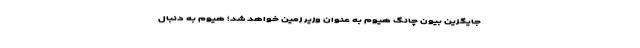
جایگزین بیون چانگ هیوم به عنوان وزیر زمین خواهد شد؛ هیوم به دنبال